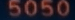
5050